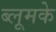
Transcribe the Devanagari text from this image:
ब्लूमके